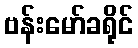
ဗန်းမော်ခရိုင်